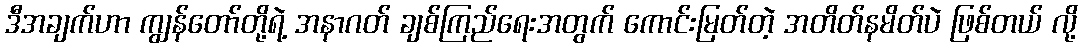
ဒီအချက်ဟာ ကျွန်တော်တို့ရဲ့ အနာဂတ် ချစ်ကြည်ရေးအတွက် ကောင်းမြတ်တဲ့ အတိတ်နမိတ်ပဲ ဖြစ်တယ် လို့